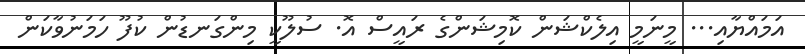
އަމައްޔާއި... މީނަމީ އިލެކްޝަން ކޮމިޝަންގެ ރައީސް އޮ. ސުލޫކީ މިންގަނޑުން ކުފޫ ހަމަނުވާކަން